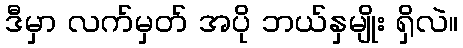
ဒီမှာ လက်မှတ် အပို ဘယ်နှမျိုး ရှိလဲ။